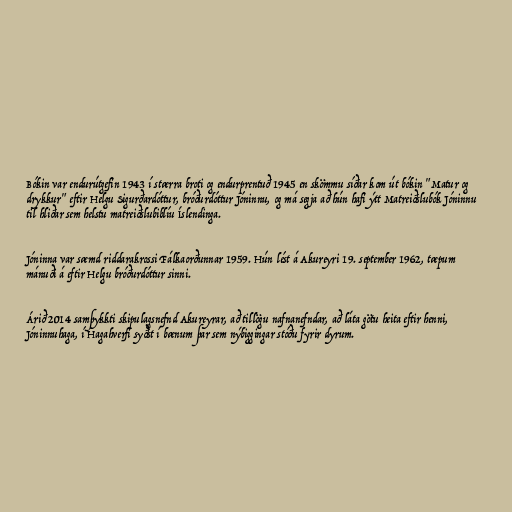
Bókin var endurútgefin 1943 í stærra broti og endurprentuð 1945 en skömmu síðar kom út bókin "Matur og
drykkur" eftir Helgu Sigurðardóttur, bróðurdóttur Jóninnu, og má segja að hún hafi ýtt Matreiðslubók Jóninnu
til hliðar sem helstu matreiðslubiblíu Íslendinga.

Jóninna var sæmd riddarakrossi Fálkaorðunnar 1959. Hún lést á Akureyri 19. september 1962, tæpum
mánuði á eftir Helgu bróðurdóttur sinni.

Árið 2014 samþykkti skipulagsnefnd Akureyrar, að tillögu nafnanefndar, að láta götu heita eftir henni,
Jóninnuhaga, í Hagahverfi syðst í bænum þar sem nýbiggingar stóðu fyrir dyrum.